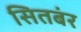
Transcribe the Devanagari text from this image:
सितबंर